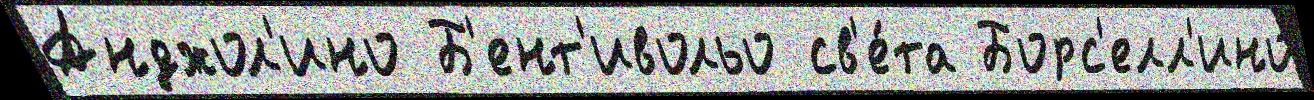
Анджол'ино Б'ент'ивольо св'е́та Борс'елл'ино